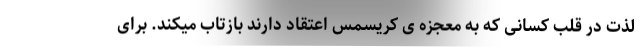
لذت در قلب کسانی که به معجزه ی کریسمس اعتقاد دارند بازتاب میکند. برای